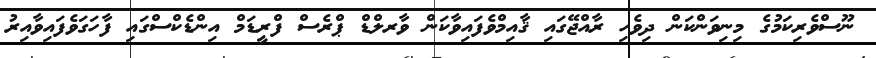
ނޫސްވެރިކަމުގެ މިނިވަންކަން ދިވެހި ރާއްޖޭގައި ޤާއިމްވެފައިވާކަން ވާރލްޑް ޕްރެސް ފްރީޑަމް އިންޑެކްސްގައި ފާހަގަވެފައިވާއިރު